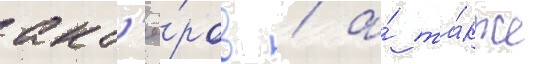
акт'ё́ров / а́ та́кже